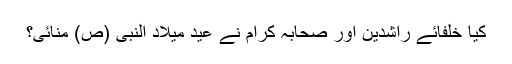
کیا خلفائے راشدین اور صحابہ کرام نے عید میلاد النبی (ص) منائی؟